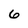
Character: 6